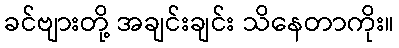
ခင်ဗျားတို့ အချင်းချင်း သိနေတာကိုး။